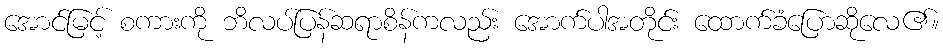
အောင်မြင့် စကားကို ဘိလပ်ပြန်ဆရာစိန်ကလည်း အောက်ပါအတိုင်း ထောက်ခံပြောဆိုလေ၏။